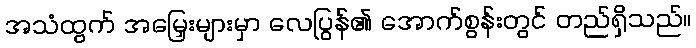
အသံထွက် အမြှေးများမှာ လေပြွန်၏ အောက်စွန်းတွင် တည်ရှိသည်။